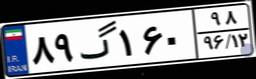
۸۹گ۱۶۰۹۸